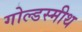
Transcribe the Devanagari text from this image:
गोल्डस्मीथ